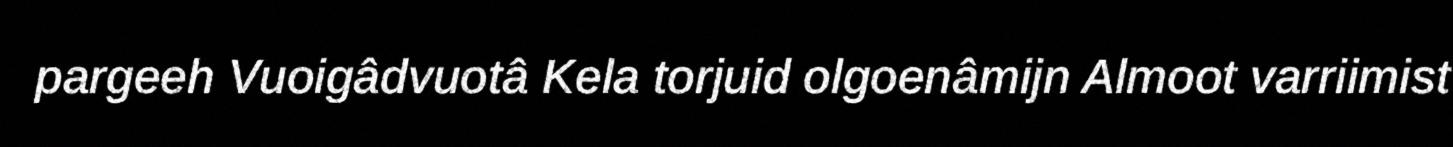
pargeeh Vuoigâdvuotâ Kela torjuid olgoenâmijn Almoot varriimist